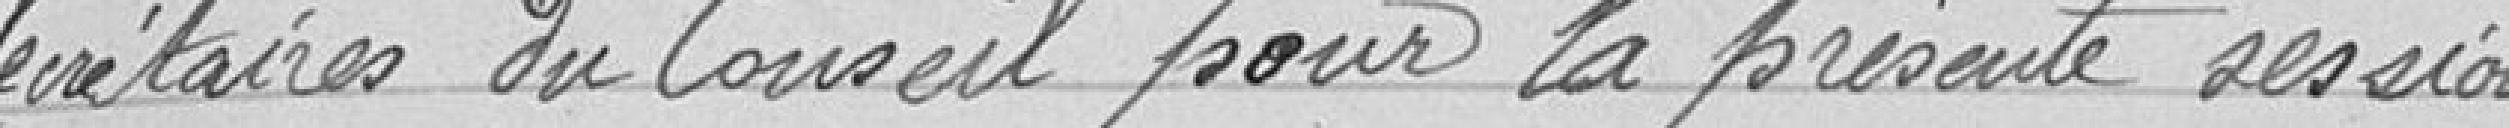
Secrétaires du Conseil pour la présente session.